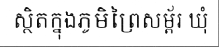
ស្ថិតក្នុងភូមិព្រៃសម្ព័រ ឃុំ